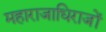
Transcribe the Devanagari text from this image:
महाराजाधिराजों